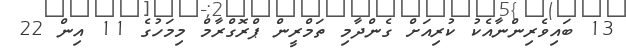
13 ބައިވެރިންނާއެކު ކުރިއަށް ގެންދާމި ތަމްރީން ޕްރޮގްރާމް މިމަހުގެ 11 އިން 22